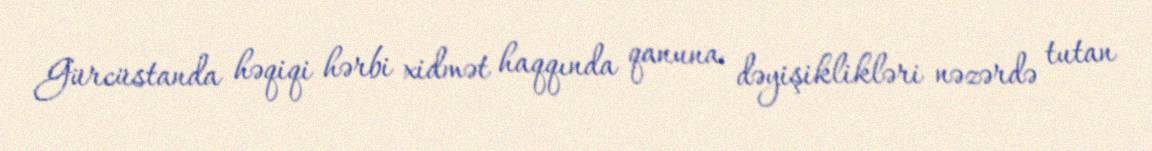
Gürcüstanda həqiqi hərbi xidmət haqqında qanuna dəyişiklikləri nəzərdə tutan